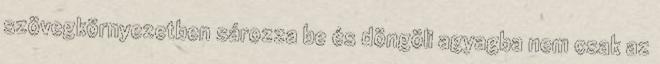
szövegkörnyezetben sározza be és döngöli agyagba nem csak az